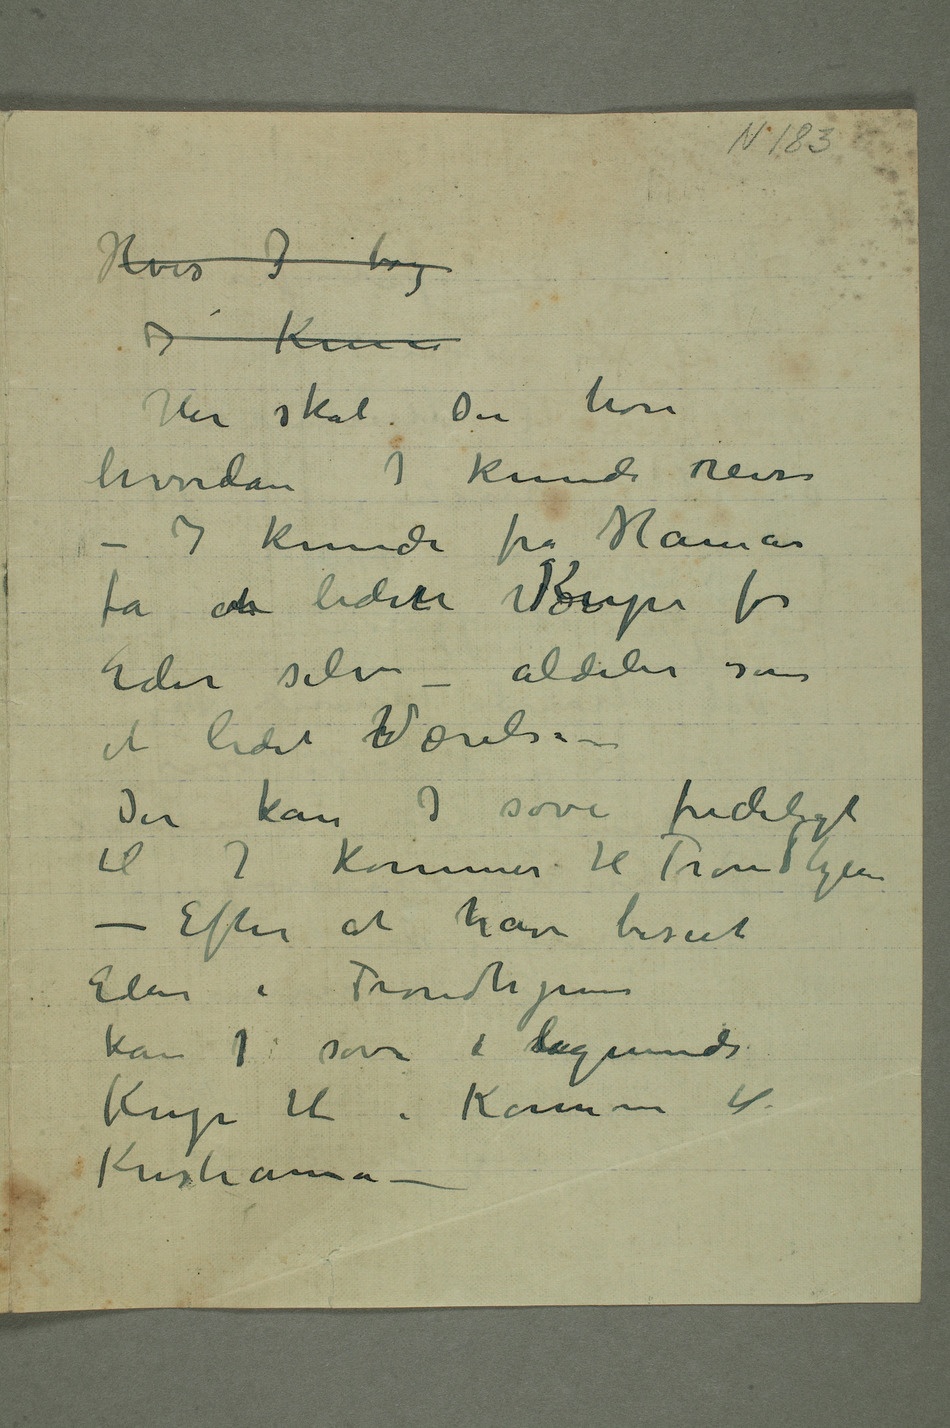
Hvis I tog
Her skal Du høre
hvordan I kunde reise
– I kunde fra Hamar
få etn liden VogKupe for
Eder selv – aldeles som
et lidet rVærelse
– Der kan I sove fredeligt
– Efter at have beseet
Eder i Trondhjem
kan I sove i salignende
Kupe til i kommer til
Kristiania –